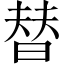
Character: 替